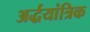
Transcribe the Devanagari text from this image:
अर्द्धयांत्रिक